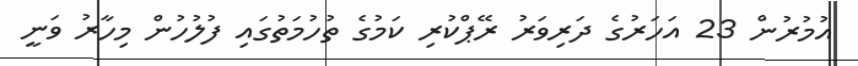
އުމުރުން 23 އަހަރުގެ ދަރިވަރު ރޭޕްކުރި ކަމުގެ ތުހުމަތުގައި ފުލުހުން މިހާރު ވަނީ